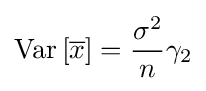
{\rm {Var}}\left[{\overline {x}}\right]={\frac {\sigma ^{2}}{n}}\gamma _{2}